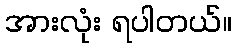
အားလုံး ရပါတယ်။